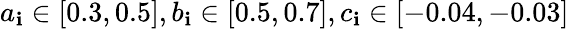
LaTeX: a_{\mathbf{i}}\in[0.3,0.5],b_{\mathbf{i}}\in[0.5,0.7],c_{\mathbf{i}}\in[-0.04,-0.03]